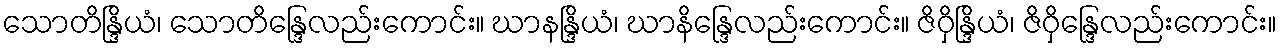
သောတိန္ဒြိယံ၊ သောတိန္ဒြေလည်းကောင်း။ ဃာနန္ဒြိယံ၊ ဃာနိန္ဒြေလည်းကောင်း။ ဇိဝှိန္ဒြိယံ၊ ဇိဝှိန္ဒြေလည်းကောင်း။